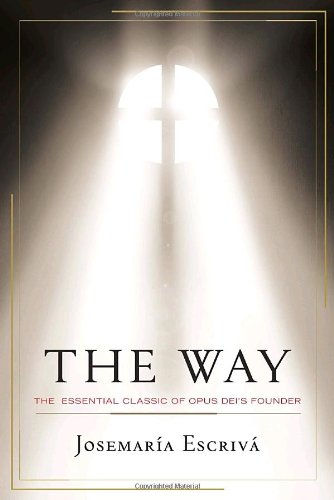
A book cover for The Way: The Essential Classic of Opus Dei's Founder; JosemarÃ­a EscrivÃ¡; Christian Books & Bibles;